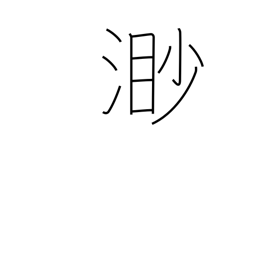
Meaning: boundless